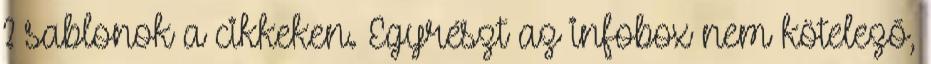
? sablonok a cikkeken. Egyrészt az infobox nem kötelező,